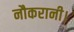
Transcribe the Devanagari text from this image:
नौकरानी।